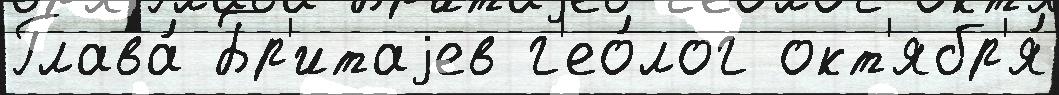
Глава́ Бр'итаjев г'ео́лог окт'ябр'я́